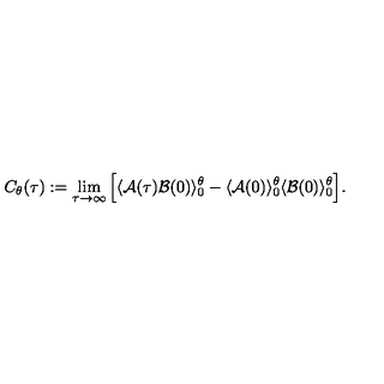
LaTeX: C _ { \theta } ( \tau ) : = \lim _ { \tau \rightarrow \infty } \Big [ \langle { \cal A } ( \tau ) { \cal B } ( 0 ) \rangle _ { 0 } ^ { \theta } - \langle { \cal A } ( 0 ) \rangle _ { 0 } ^ { \theta } \langle { \cal B } ( 0 ) \rangle _ { 0 } ^ { \theta } \Big ] .